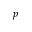
_ p